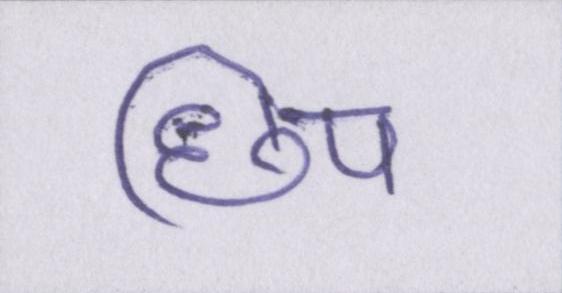
छिप